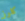
كلوز